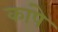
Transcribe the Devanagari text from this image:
कांपे